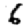
Digit: 6